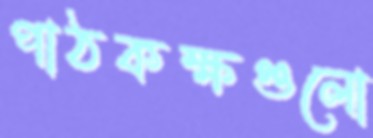
পাঠকক্ষগুলো